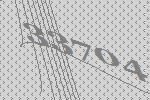
33704